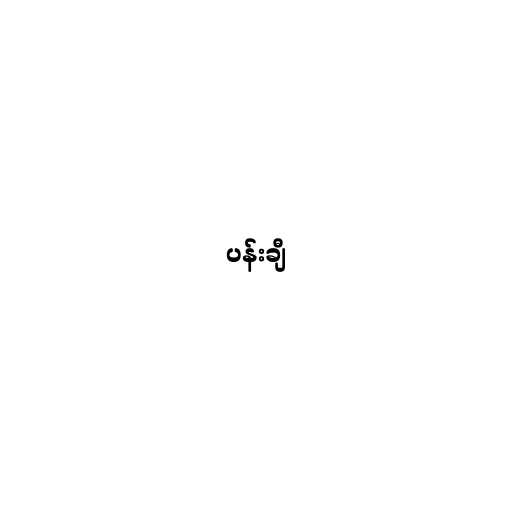
ပန်းချီ